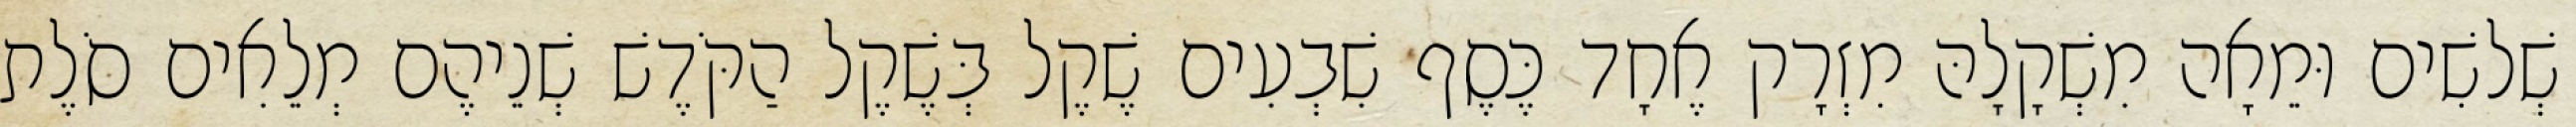
שְׁלשִׁים וּמֵאָה מִשְׁקָלָהּ מִזְרָק אֶחָד כֶּסֶף שִׁבְעִים שֶׁקֶל בְּשֶׁקֶל הַקֹּדֶשׁ שְׁנֵיהֶם מְלֵאִים סֹלֶת